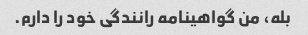
بله، من گواهینامه رانندگی خود را دارم.